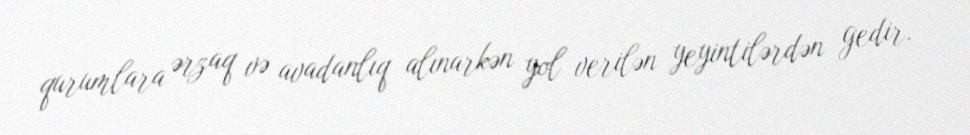
qurumlara ərzaq və avadanlıq alınarkən yol verilən yeyintilərdən gedir.